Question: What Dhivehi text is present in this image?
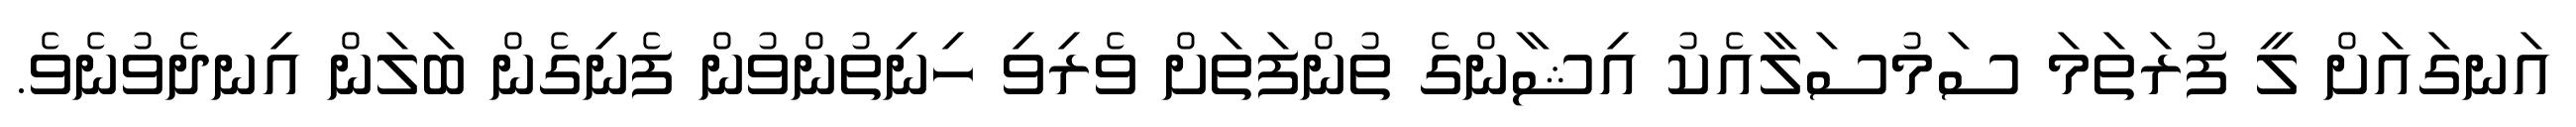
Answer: އަނގައަށް ލީ ފުރަތަމަ ސަމުސަލާއެކު އިޝާންގެ ތުންފަތަށް ވެރިވި ހިނިތުންވުން ފެނިގެން ބަލަން އިނދެވުނެވެ.